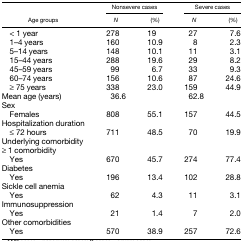
<table><thead><tr><td></td><td colspan="2"><b>Nonsevere cases</b></td><td colspan="2"><b>Severe cases</b></td></tr><tr><td><b>Age groups</b></td><td><b><i>N</i></b></td><td><b>(%)</b></td><td><b><i>N</i></b></td><td><b>(%)</b></td></tr></thead><tbody><tr><td> &lt; 1 year</td><td>278</td><td>19</td><td>27</td><td>7.6</td></tr><tr><td> 1–4 years</td><td>160</td><td>10.9</td><td>8</td><td>2.3</td></tr><tr><td> 5–14 years</td><td>148</td><td>10.1</td><td>11</td><td>3.1</td></tr><tr><td> 15–44 years</td><td>288</td><td>19.6</td><td>29</td><td>8.2</td></tr><tr><td> 45–59 years</td><td>99</td><td>6.7</td><td>33</td><td>9.3</td></tr><tr><td> 60–74 years</td><td>156</td><td>10.6</td><td>87</td><td>24.6</td></tr><tr><td> ≥ 75 years</td><td>338</td><td>23.0</td><td>159</td><td>44.9</td></tr><tr><td>Mean age (years)</td><td>36.6</td><td></td><td>62.8</td><td></td></tr><tr><td>Sex</td><td></td><td></td><td></td><td></td></tr><tr><td> Females</td><td>808</td><td>55.1</td><td>157</td><td>44.5</td></tr><tr><td>Hospitalization duration</td><td></td><td></td><td></td><td></td></tr><tr><td> ≤ 72 hours</td><td>711</td><td>48.5</td><td>70</td><td>19.9</td></tr><tr><td>Underlying comorbidity</td><td></td><td></td><td></td><td></td></tr><tr><td>≥ 1 comorbidity</td><td></td><td></td><td></td><td></td></tr><tr><td> Yes</td><td>670</td><td>45.7</td><td>274</td><td>77.4</td></tr><tr><td>Diabetes</td><td></td><td></td><td></td><td></td></tr><tr><td> Yes</td><td>196</td><td>13.4</td><td>102</td><td>28.8</td></tr><tr><td>Sickle cell anemia</td><td></td><td></td><td></td><td></td></tr><tr><td> Yes</td><td>62</td><td>4.3</td><td>11</td><td>3.1</td></tr><tr><td>Immunosuppression</td><td></td><td></td><td></td><td></td></tr><tr><td> Yes</td><td>21</td><td>1.4</td><td>7</td><td>2.0</td></tr><tr><td>Other comorbidities</td><td></td><td></td><td></td><td></td></tr><tr><td> Yes</td><td>570</td><td>38.9</td><td>257</td><td>72.6</td></tr></tbody></table>